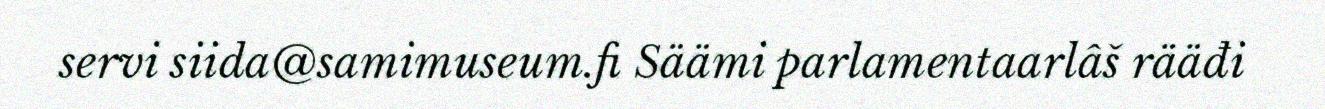
servi siida@samimuseum.fi Säämi parlamentaarlâš rääđi